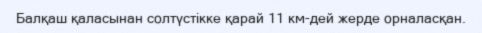
Балқаш қаласынан солтүстікке қарай 11 км-дей жерде орналасқан.